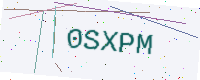
Text: 0SXPM